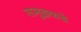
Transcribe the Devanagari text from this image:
समुद्रकडे